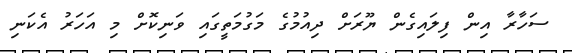
ސަހާރާ އިން ފިލައިގެން ޔޫރަށް ދިއުމުގެ މަގުމަތީގައި ވަނިކޮށް މި އަހަރު އެކަނި